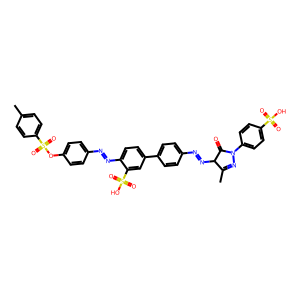
SMILES: CC1=NN(c2ccc(S(=O)(=O)O)cc2)C(=O)C1N=Nc1ccc(-c2ccc(N=Nc3ccc(OS(=O)(=O)c4ccc(C)cc4)cc3)c(S(=O)(=O)O)c2)cc1
Inhibits HIV replication: Yes